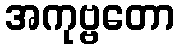
အကုဗ္ဗတော